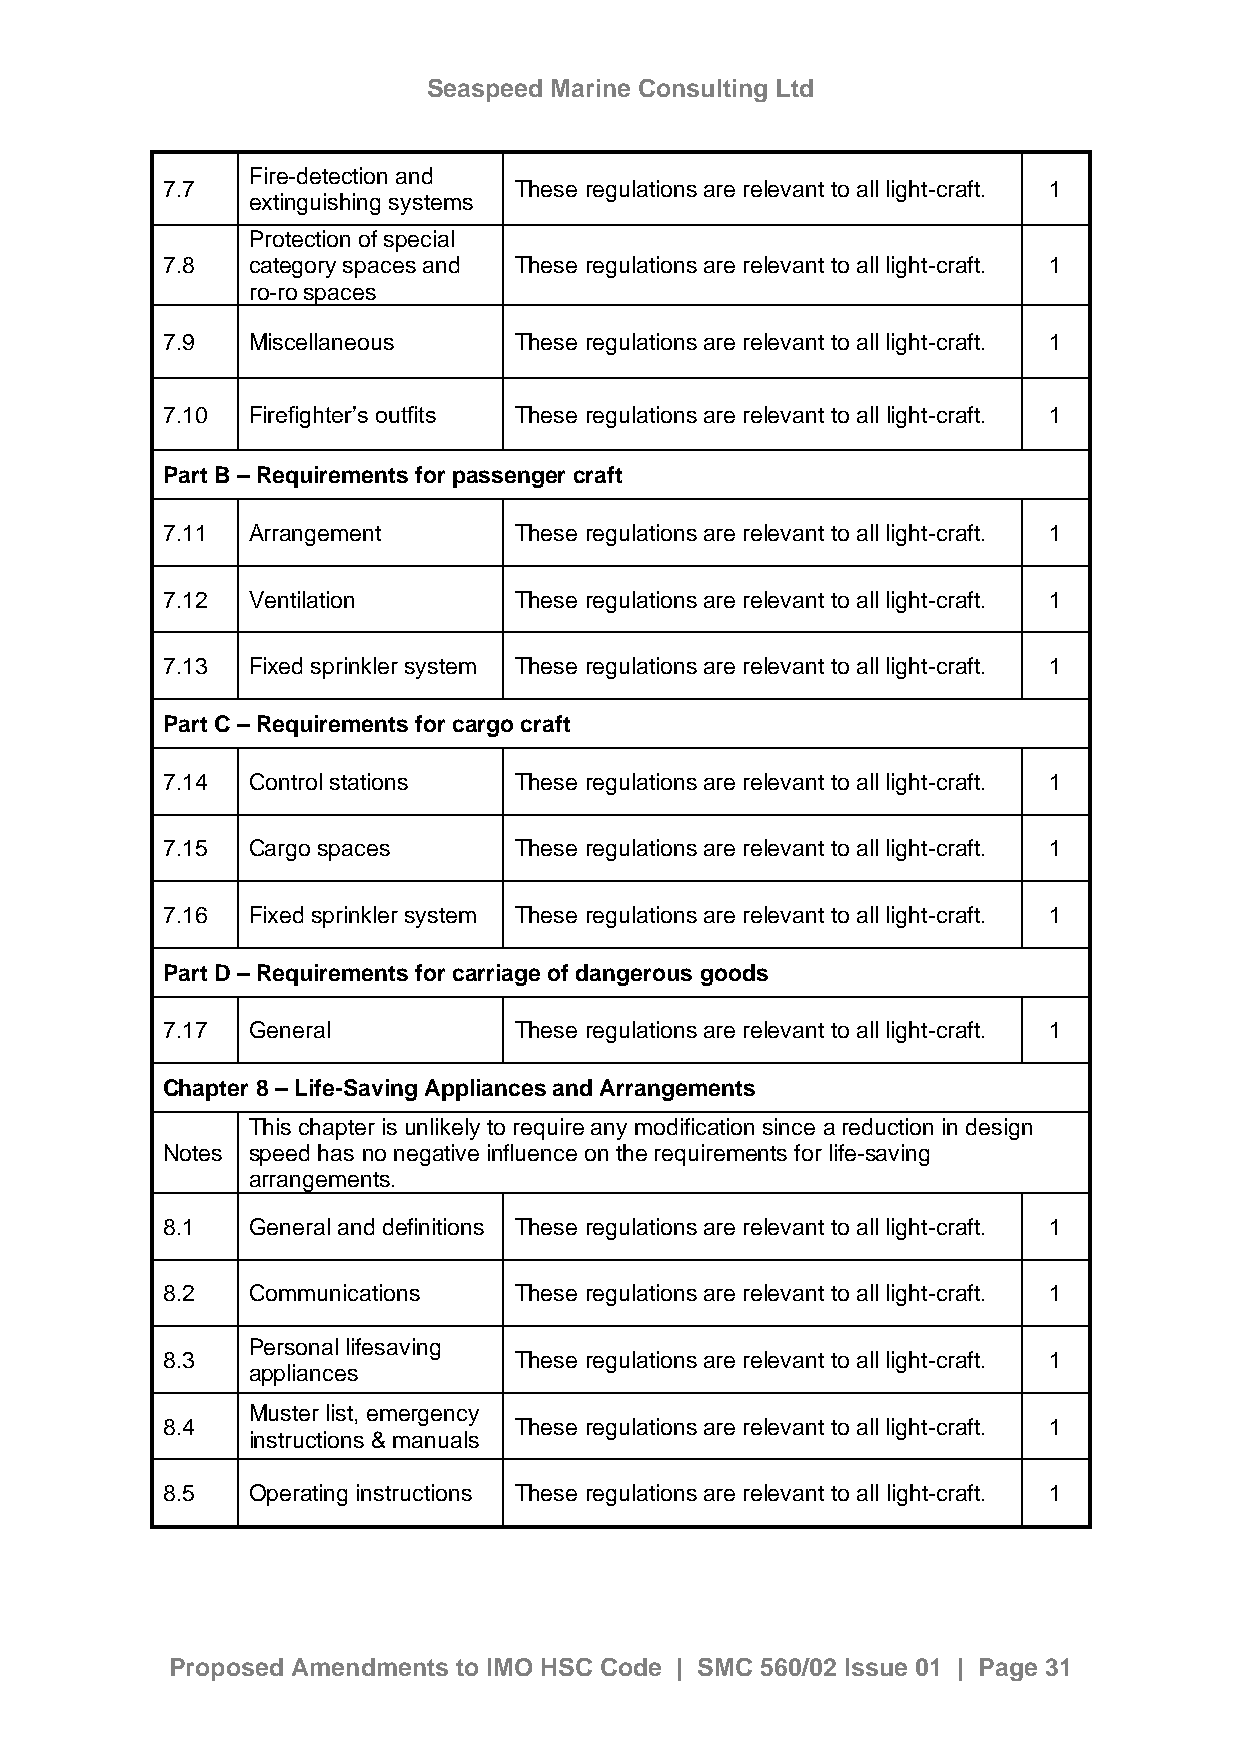
Seaspeed Marine Consulting Ltd
 Fire-detection and
 7.7                    These regulations are relevant to all light-craft. 1
 extinguishing systems
 Protection of special
 7.8  category spaces and These regulations are relevant to all light-craft. 1
 ro-ro spaces
 7.9  Miscellaneous     These regulations are relevant to all light-craft. 1
 7.10 Firefighter’s outfits These regulations are relevant to all light-craft. 1
 Part B – Requirements for passenger craft
 7.11 Arrangement       These regulations are relevant to all light-craft. 1
 7.12 Ventilation       These regulations are relevant to all light-craft. 1
 7.13 Fixed sprinkler system These regulations are relevant to all light-craft. 1
 Part C – Requirements for cargo craft
 7.14 Control stations  These regulations are relevant to all light-craft. 1
 7.15 Cargo spaces      These regulations are relevant to all light-craft. 1
 7.16 Fixed sprinkler system These regulations are relevant to all light-craft. 1
 Part D – Requirements for carriage of dangerous goods
 7.17 General           These regulations are relevant to all light-craft. 1
 Chapter 8 – Life-Saving Appliances and Arrangements
 This chapter is unlikely to require any modification since a reduction in design
 Notes speed has no negative influence on the requirements for life-saving
 arrangements.
 8.1  General and definitions These regulations are relevant to all light-craft. 1
 8.2  Communications    These regulations are relevant to all light-craft. 1
 Personal lifesaving
 8.3                    These regulations are relevant to all light-craft. 1
 appliances
 Muster list, emergency
 8.4                    These regulations are relevant to all light-craft. 1
 instructions & manuals
 8.5  Operating instructions These regulations are relevant to all light-craft. 1
 Proposed Amendments to IMO HSC Code | SMC 560/02 Issue 01 | Page 31